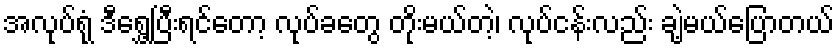
အလုပ်ရုံ ဒီရွှေ့ပြီးရင်တော့ လုပ်ခတွေ တိုးမယ်တဲ့၊ လုပ်ငန်းလည်း ချဲ့မယ်ပြောတယ်